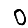
Digit: 0